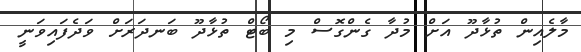
މާލެއިން ތުޅާދޫ އަށް މުދާ ގެންގޮސް މި ބޯޓް ތުޅާދޫ ބަނދަރަށް ވަދެފައިވަނީ